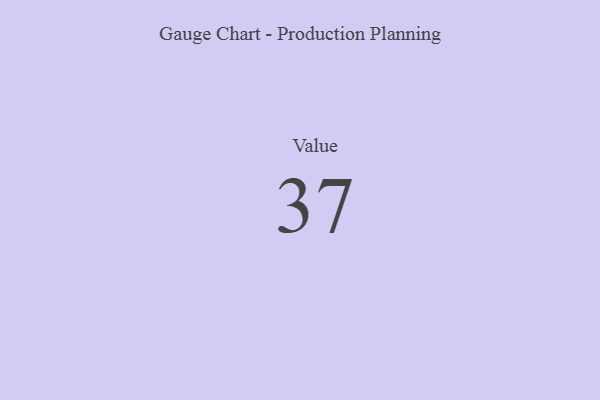
{"axis": {"x": "Metric", "y": "Value"}, "legend": [""], "data": [{"x": "Value", "y": 37, "type": ""}]}